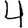
Digit: 4